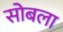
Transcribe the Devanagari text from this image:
सोबला